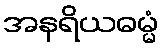
အနရိယဓမ္မံ